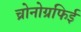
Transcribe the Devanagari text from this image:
च्रोनोग्रफिई